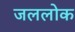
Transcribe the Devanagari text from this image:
जललोक